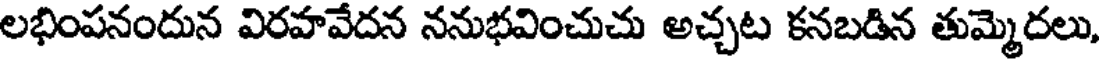
లభింపనందున విరహవేదన ననుభవించుచు అచ్చట కనబడిన తుమ్మెదలు,